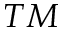
T M